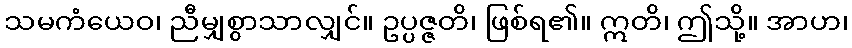
သမကံယေဝ၊ ညီမျှစွာသာလျှင်။ ဥပ္ပဇ္ဇတိ၊ ဖြစ်ရ၏။ ဣတိ၊ ဤသို့။ အာဟ၊